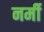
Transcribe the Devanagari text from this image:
नर्मी